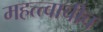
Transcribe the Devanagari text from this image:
महत्त्वाचीच